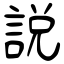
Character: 説